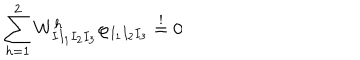
\sum _ { h = 1 } ^ { 2 } W _ { I I _ { 1 } I _ { 2 } I _ { 3 } } ^ { h } \varphi _ { I _ { 1 } I _ { 2 } I _ { 3 } } \stackrel { ! } { = } 0